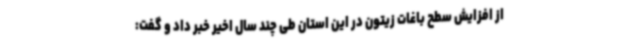
از افزایش سطح باغات زیتون در این استان طی چند سال اخیر خبر داد و گفت: